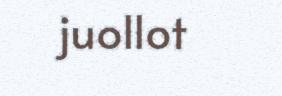
juollot